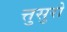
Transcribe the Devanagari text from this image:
त्तुसुरो